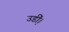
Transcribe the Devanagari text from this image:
उडी़ं।